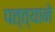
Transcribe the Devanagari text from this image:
पत्त्याने